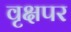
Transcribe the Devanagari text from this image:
वृक्षपर